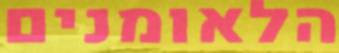
הלאומנים